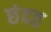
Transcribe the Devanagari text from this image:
छंदत